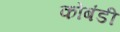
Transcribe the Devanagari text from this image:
कोबंडी